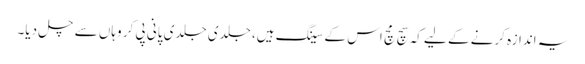
یہ اندازہ کرنے کے لیے کہ سچ مچ اس کے سینگ ہیں، جلدی جلدی پانی پی کر وہاں سے چل دیا۔